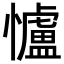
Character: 𢥈